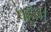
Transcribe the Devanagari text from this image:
पहुँच।